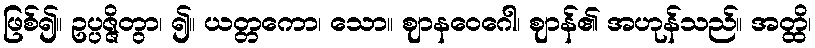
ဖြစ်၍။ ဥပ္ပဇ္ဇိတွာ၊ ၍။ ယတ္တကော၊ သော။ ဈာနဝေဂေါ၊ ဈာန်၏ အဟုန်သည်။ အတ္ထိ၊